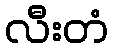
လီးတံ